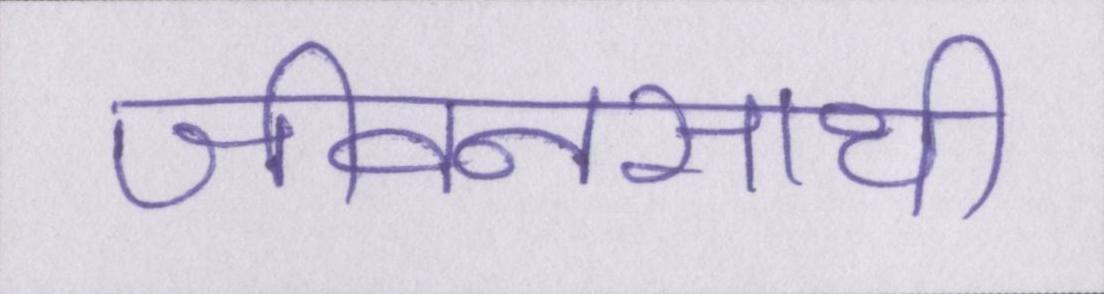
जीवनसाथी